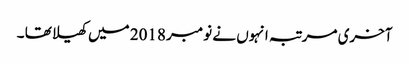
آخری مرتبہ انہوں نے نومبر 2018 میں کھیلا تھا ۔